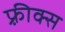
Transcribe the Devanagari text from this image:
फ़्रीक्स